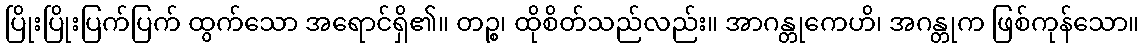
ပြိုးပြိုးပြက်ပြက် ထွက်သော အရောင်ရှိ၏။ တဉ္စ၊ ထိုစိတ်သည်လည်း။ အာဂန္တုကေဟိ၊ အဂန္တုက ဖြစ်ကုန်သော။